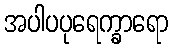
အပါပပုရေက္ခာရော